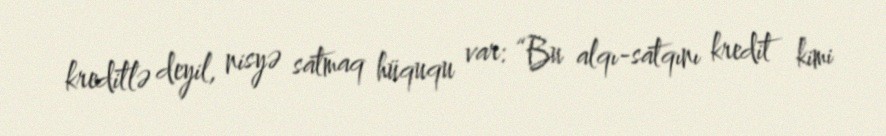
kreditlə deyil, nisyə satmaq hüququ var: “Bu alqı-satqını kredit kimi